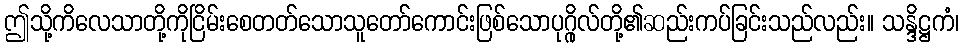
ဤသို့ကိလေသာတို့ကိုငြိမ်းစေတတ်သောသူတော်ကောင်းဖြစ်သောပုဂ္ဂိုလ်တို့၏ဆည်းကပ်ခြင်းသည်လည်း။ သန္ဒိဋ္ဌကံ၊